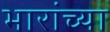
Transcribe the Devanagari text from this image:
भारांच्या